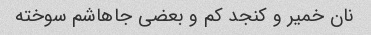
نان خمیر و کنجد کم و بعضی جاهاشم سوخته